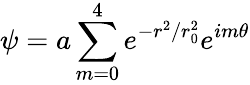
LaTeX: \psi=a\sum_{m=0}^{4}e^{-r^{2}/r_{0}^{2}}e^{im\theta}